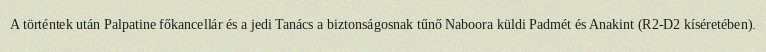
A történtek után Palpatine főkancellár és a jedi Tanács a biztonságosnak tűnő Naboora küldi Padmét és Anakint (R2-D2 kíséretében).